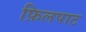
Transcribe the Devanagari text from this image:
फ़िलपाट